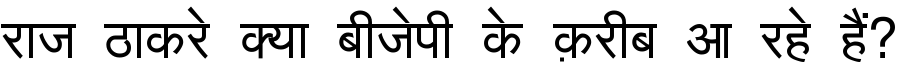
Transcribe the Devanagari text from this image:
राज ठाकरे क्या बीजेपी के क़रीब आ रहे हैं?